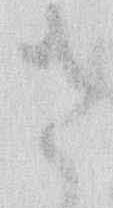
さ